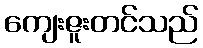
ကျေးဇူးတင်သည်